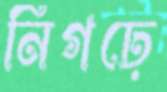
নিগঢ়ে